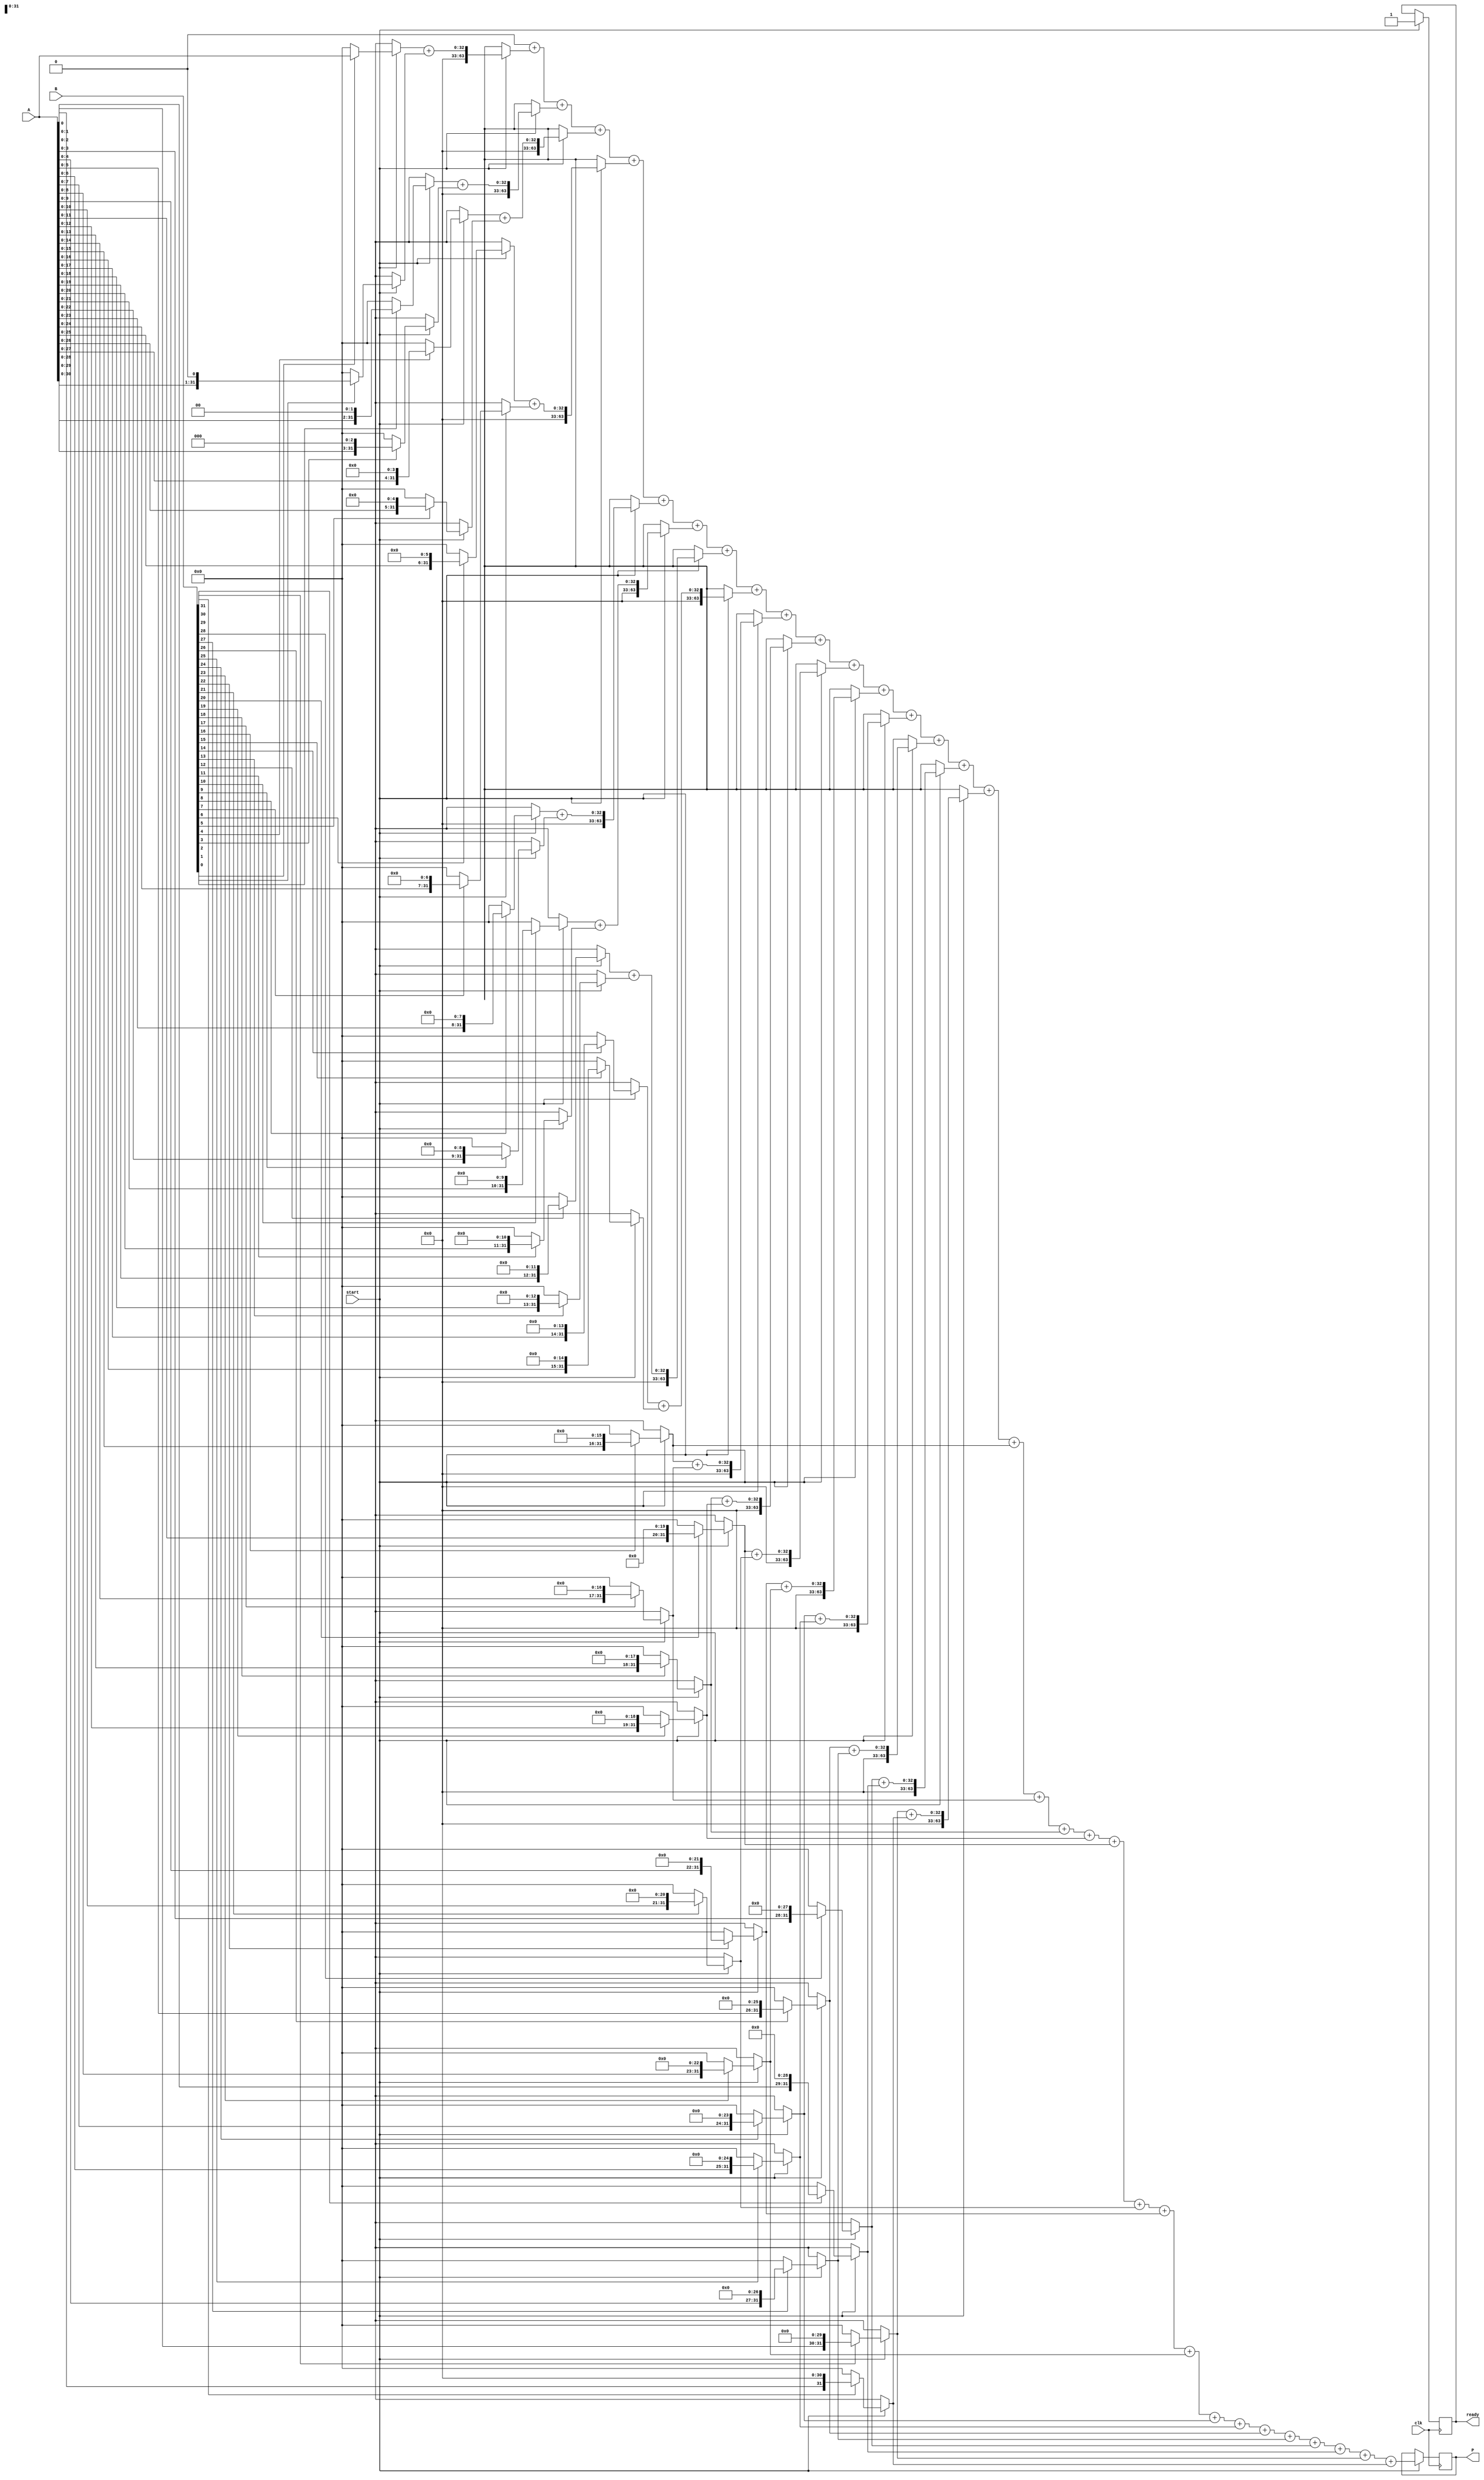
module variable_length_wallace_tree_multiplier #(
    parameter MAX_WIDTH = 32  // Maximum support width for inputs
)(
    input [MAX_WIDTH-1:0] A,   // Multiplicand
    input [MAX_WIDTH-1:0] B,   // Multiplier
    output reg [2*MAX_WIDTH-1:0] P, // Product
    input clk,                  // Clock signal
    input start,                // Start signal
    output reg ready            // Ready signal
);

    reg [MAX_WIDTH-1:0] partial_products[MAX_WIDTH-1:0];
    reg [2*MAX_WIDTH-1:0] sum[MAX_WIDTH:0];
    integer i, j;

    // Generate Partial Products
    always @(posedge clk) begin
        if (start) begin
            // Clear previous data
            for (i = 0; i < MAX_WIDTH; i = i + 1) begin
                partial_products[i] = 0;
            end
            ready = 0;
        
            // Generate partial products
            for (i = 0; i < MAX_WIDTH; i = i + 1) begin
                if (B[i]) begin
                    partial_products[i] = A << i; // Shift A left by i
                end else begin
                    partial_products[i] = 0;
                end
            end
            
            // Start Wallace tree reduction
            for (i = 0; i < MAX_WIDTH; i = i + 1) begin
                sum[i] = partial_products[i];
            end
            
            // Reduction process in Wallace tree structure
            // This is a simplified version; a complete implementation will handle stages
            for (j = 0; j < MAX_WIDTH-1; j = j + 1) begin
                // Add pairs of sums using Half and Full Adders
                if (j % 2 == 0) begin
                    sum[j/2] = sum[j] + sum[j+1];
                end else begin
                    // Handle carry from previous addition if necessary
                end
            end
            
            // Final addition to produce the final product
            P = 0;
            for (i = 0; i < MAX_WIDTH; i = i + 1) begin
                P = P + sum[i];
            end
            
            ready = 1; // Indicate that the multiplication is complete
        end
    end
endmodule